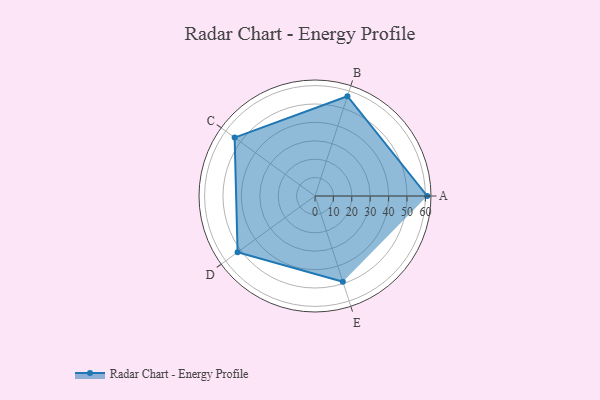
{"axis": {"x": "Skill", "y": "Score"}, "legend": ["Profile"], "data": [{"x": "A", "y": 61.0, "type": "Profile"}, {"x": "B", "y": 57.0, "type": "Profile"}, {"x": "C", "y": 54.0, "type": "Profile"}, {"x": "D", "y": 52.0, "type": "Profile"}, {"x": "E", "y": 49.0, "type": "Profile"}]}